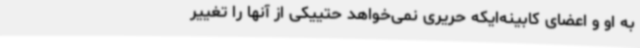
به او و اعضای کابینه‌ایکه حریری نمی‌خواهد حتییکی از آنها را تغییر